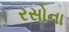
રસોના